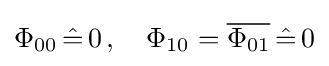
\Phi _{00}\,{\hat {=}}\,0\,,\quad \Phi _{10}={\overline {\Phi _{01}}}\,{\hat {=}}\,0